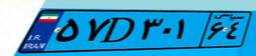
۵۷D۳۰۱۶۴